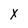
Character: X